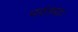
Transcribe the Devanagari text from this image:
परंतपाः